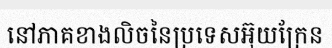
នៅភាគខាងលិចនៃប្រទេសអ៊ុយក្រែន